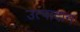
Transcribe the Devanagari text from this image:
उत्पादान